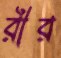
রীর